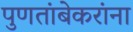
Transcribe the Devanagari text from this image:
पुणतांबेकरांना